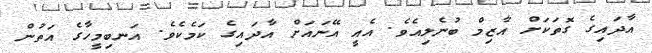
އާދައިގެ ގޮތަކަށް އާޒިމް ބުނެލިއެވެ. އެއީ އޭނައަށް އާދައިގެ ކަމެކެވެ. އަނބިމީހާގެ އަތުން